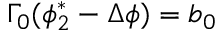
\Gamma _ { 0 } ( \phi _ { 2 } ^ { * } - \Delta \phi ) = b _ { 0 }